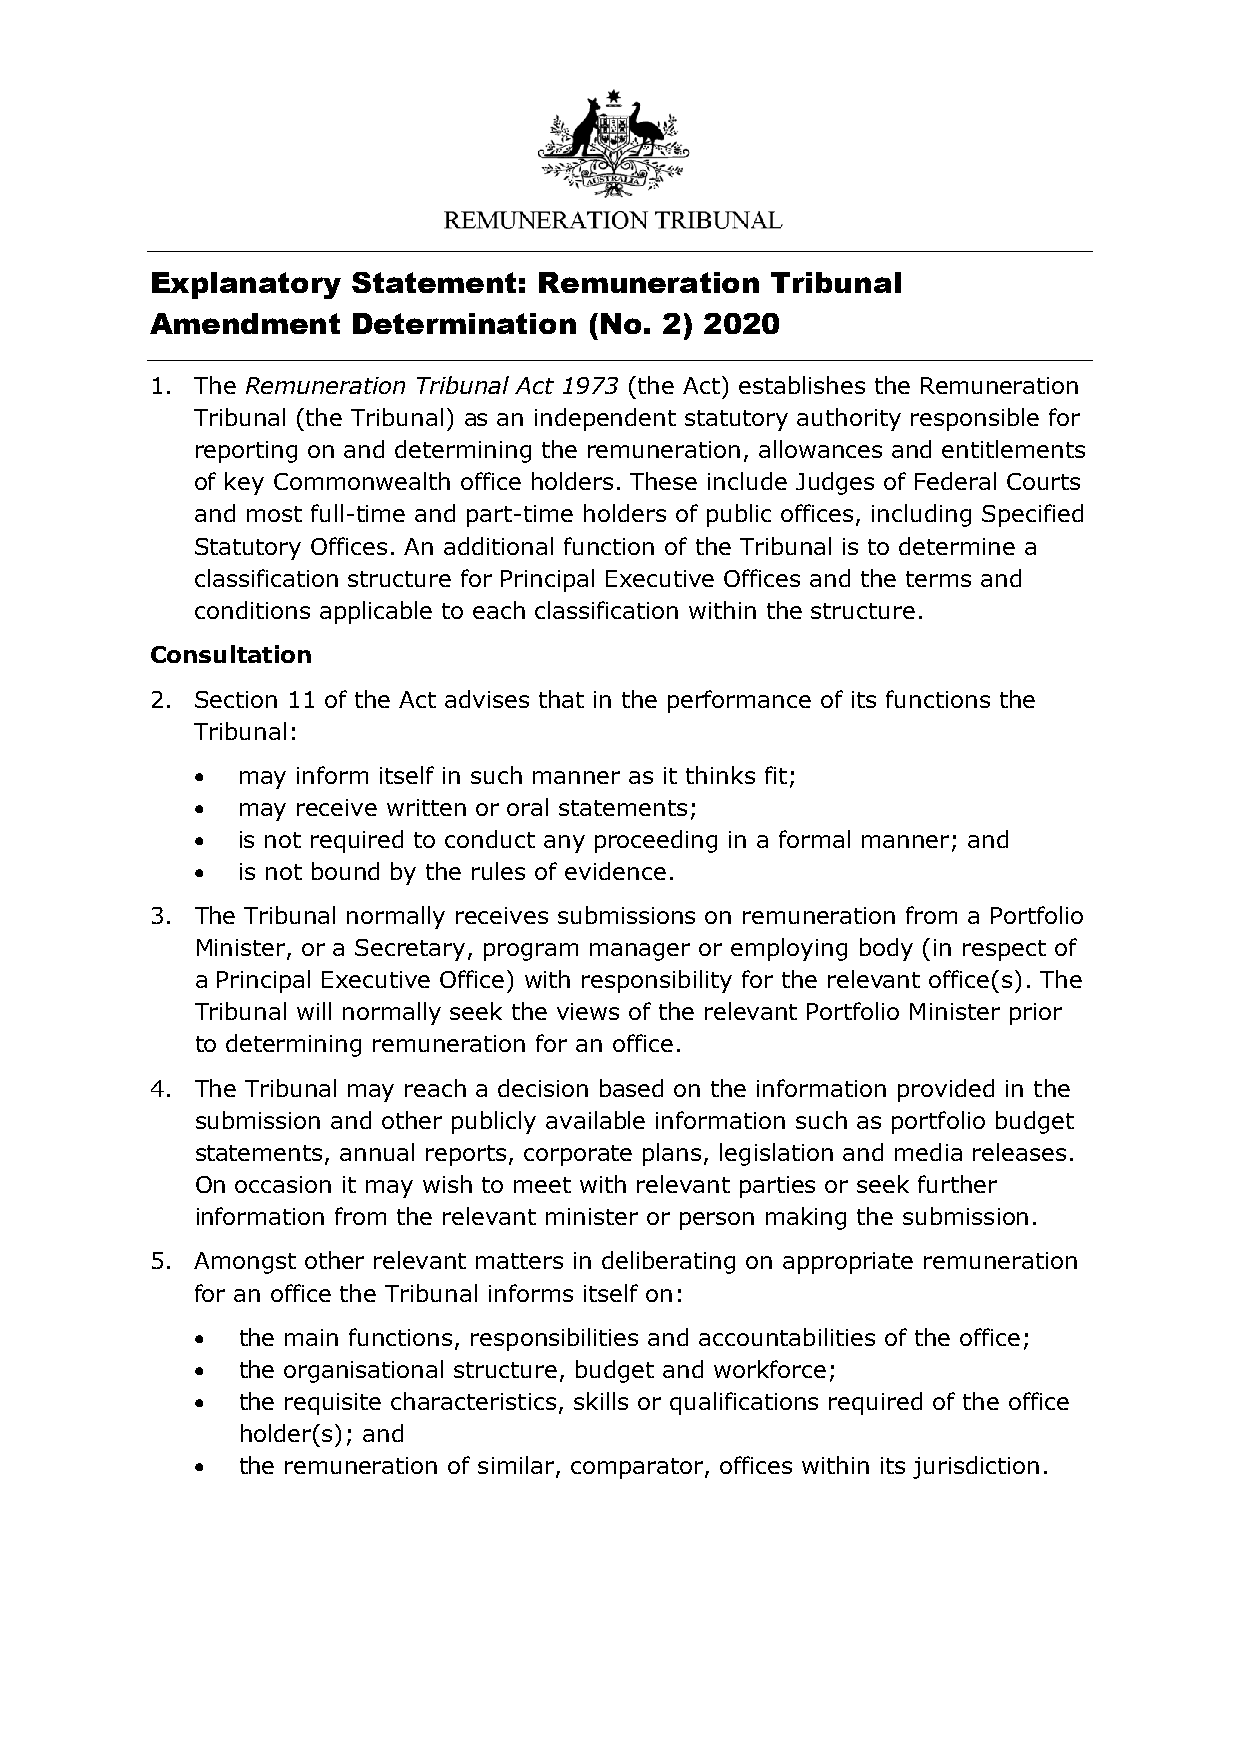
Explanatory  Statement:   Remuneration   Tribunal
 Amendment    Determination   (No. 2) 2020
 1. The Remuneration Tribunal Act 1973 (the Act) establishes the Remuneration
 Tribunal (the Tribunal) as an independent statutory authority responsible for
 reporting on and determining the remuneration, allowances and entitlements
 of key Commonwealth office holders. These include Judges of Federal Courts
 and most full-time and part-time holders of public offices, including Specified
 Statutory Offices. An additional function of the Tribunal is to determine a
 classification structure for Principal Executive Offices and the terms and
 conditions applicable to each classification within the structure.
 Consultation
 2. Section 11 of the Act advises that in the performance of its functions the
 Tribunal:
   may inform itself in such manner as it thinks fit;
   may receive written or oral statements;
   is not required to conduct any proceeding in a formal manner; and
   is not bound by the rules of evidence.
 3. The Tribunal normally receives submissions on remuneration from a Portfolio
 Minister, or a Secretary, program manager or employing body (in respect of
 a Principal Executive Office) with responsibility for the relevant office(s). The
 Tribunal will normally seek the views of the relevant Portfolio Minister prior
 to determining remuneration for an office.
 4. The Tribunal may reach a decision based on the information provided in the
 submission and other publicly available information such as portfolio budget
 statements, annual reports, corporate plans, legislation and media releases.
 On occasion it may wish to meet with relevant parties or seek further
 information from the relevant minister or person making the submission.
 5. Amongst other relevant matters in deliberating on appropriate remuneration
 for an office the Tribunal informs itself on:
   the main functions, responsibilities and accountabilities of the office;
   the organisational structure, budget and workforce;
   the requisite characteristics, skills or qualifications required of the office
 holder(s); and
   the remuneration of similar, comparator, offices within its jurisdiction.